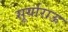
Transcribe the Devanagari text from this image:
सूर्याराऊ